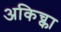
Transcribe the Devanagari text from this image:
अकिच्का